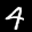
Label: 4